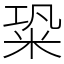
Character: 䊄